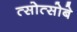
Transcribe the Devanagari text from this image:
त्सोत्सोबे